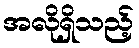
အလိုရှိသည့်